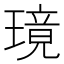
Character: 璄